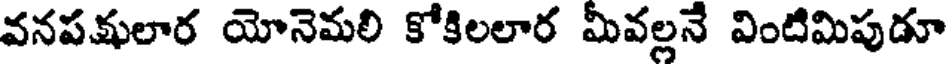
వనపక్షులార యోనెమలి కోకిలలార మీవల్లనే వింటిమిపుడూ